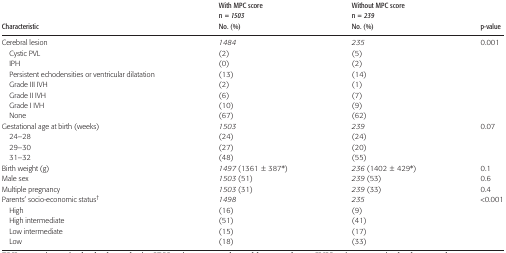
<table><thead><tr><td><b>Characteristic</b></td><td><b>With MPC score n = <i>1503</i> No. (%)</b></td><td><b>Without MPC score n = <i>239</i> No. (%)</b></td><td><b>p-value</b></td></tr></thead><tbody><tr><td>Cerebral lesion</td><td><i>1484</i></td><td><i>235</i></td><td>0.001</td></tr><tr><td> Cystic PVL</td><td>(2)</td><td>(5)</td><td></td></tr><tr><td> IPH</td><td>(0)</td><td>(2)</td><td></td></tr><tr><td> Persistent echodensities or ventricular dilatation</td><td>(13)</td><td>(14)</td><td></td></tr><tr><td> Grade III IVH</td><td>(2)</td><td>(1)</td><td></td></tr><tr><td> Grade II IVH</td><td>(6)</td><td>(7)</td><td></td></tr><tr><td> Grade I IVH</td><td>(10)</td><td>(9)</td><td></td></tr><tr><td> None</td><td>(67)</td><td>(62)</td><td></td></tr><tr><td>Gestational age at birth (weeks)</td><td><i>1503</i></td><td><i>239</i></td><td>0.07</td></tr><tr><td> 24–28</td><td>(24)</td><td>(24)</td><td></td></tr><tr><td> 29–30</td><td>(27)</td><td>(20)</td><td></td></tr><tr><td> 31–32</td><td>(48)</td><td>(55)</td><td></td></tr><tr><td>Birth weight (g)</td><td><i>1497</i> (1361 ± 387*)</td><td><i>236</i> (1402 ± 429*)</td><td>0.1</td></tr><tr><td>Male sex</td><td><i>1503</i> (51)</td><td><i>239</i> (53)</td><td>0.6</td></tr><tr><td>Multiple pregnancy</td><td><i>1503</i> (31)</td><td><i>239</i> (33)</td><td>0.4</td></tr><tr><td>Parents&#x27; socio-economic status†</td><td><i>1498</i></td><td><i>235</i></td><td>&lt;0.001</td></tr><tr><td> High</td><td>(16)</td><td>(9)</td><td></td></tr><tr><td> High intermediate</td><td>(51)</td><td>(41)</td><td></td></tr><tr><td> Low intermediate</td><td>(15)</td><td>(17)</td><td></td></tr><tr><td> Low</td><td>(18)</td><td>(33)</td><td></td></tr></tbody></table>